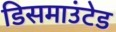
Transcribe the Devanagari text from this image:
डिसमाउंटेड